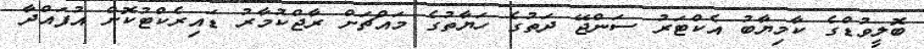
ބޮލީވުޑްގެ ކާމިޔާބު އެކްޓަރު ސަންޖޭ ދަތުގެ ހަޔާތުގެ މައްޗަށް ރާޖްކުމާރު ޑައިރެކްޓުކޮށް އުފައްދާ